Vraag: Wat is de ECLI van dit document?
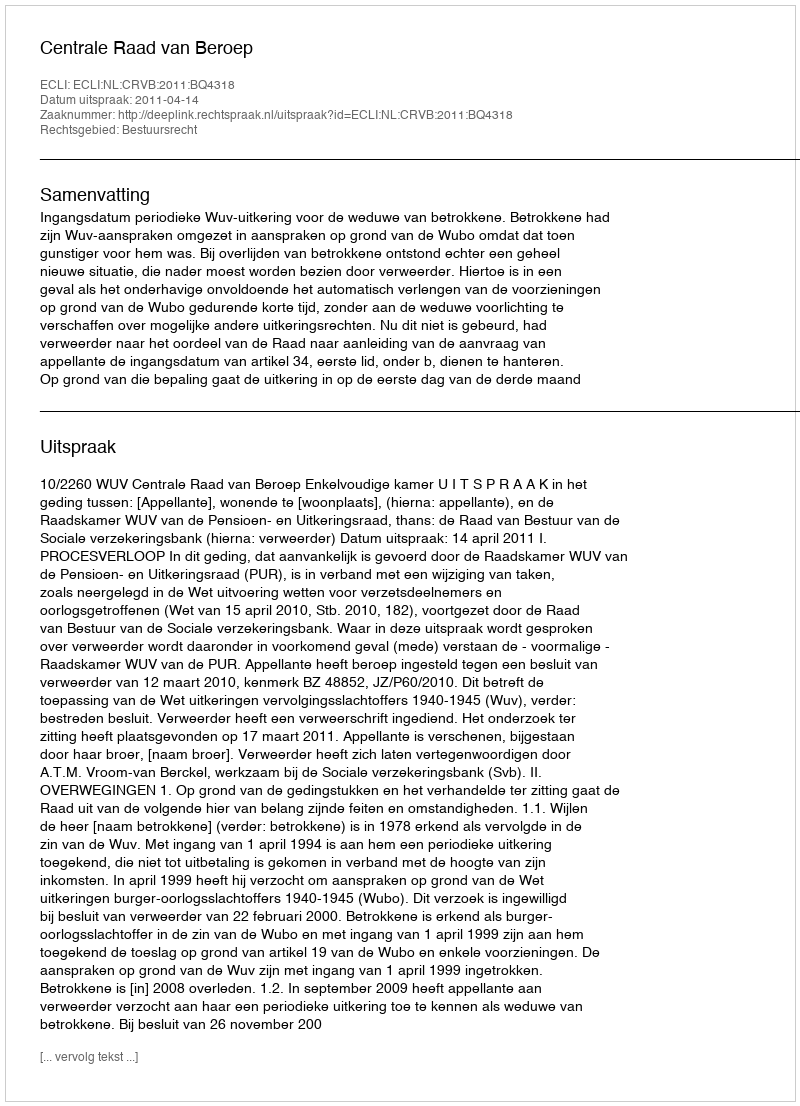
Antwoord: ECLI:NL:CRVB:2011:BQ4318